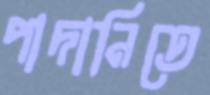
পাদানিতে